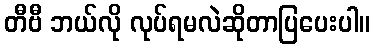
တီဗီ ဘယ်လို လုပ်ရမလဲဆိုတာပြပေးပါ။